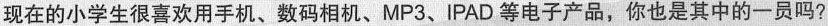
现在的小学生很喜欢用手机、数码相机、MP3、IPAD等电子产品，你也是其中的一员吗?